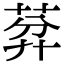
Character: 𦯳